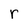
Character: r